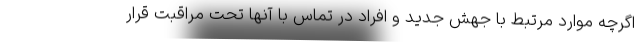
اگرچه موارد مرتبط با جهش جدید و افراد در تماس با آنها تحت مراقبت قرار